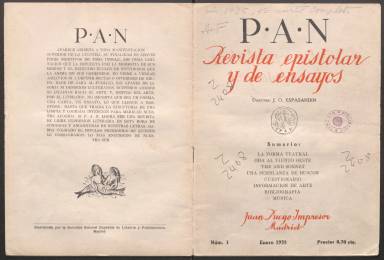
Título: P.A.N. (Madrid)
Colección: Literatura
Ámbito geográfico: Madrid
Lugar de publicación: Madrid
Fechas: 21/01/1935-14/06/1935